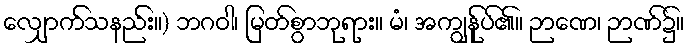
လျှောက်သနည်း။) ဘဂဝါ၊ မြတ်စွာဘုရား။ မံ၊ အကျွန်ုပ်၏။ ဉာဏေ၊ ဉာဏ်၌။